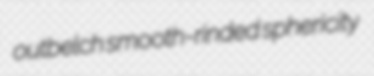
outbelch smooth-rinded sphericity